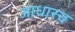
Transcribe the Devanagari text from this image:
आधारच